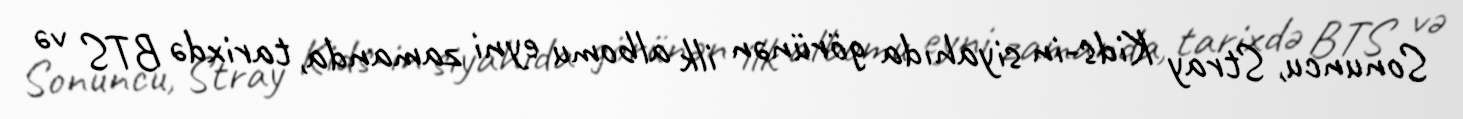
Sonuncu, Stray Kids-in siyahıda görünən ilk albomu eyni zamanda, tarixdə BTS və